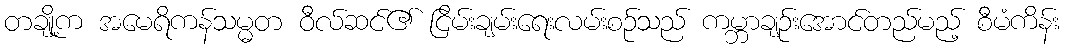
တချို့က အမေရိကန်သမ္မတ ဝီလ်ဆင်၏ ငြိမ်းချမ်းရေးလမ်းစဉ်သည် ကမ္ဘာချဉ်းအောင်တည်မည့် စီမံကိန်း